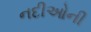
નદીઓની